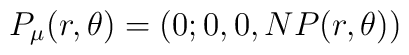
P_{\mu }(r,\theta )=(0;0,0,NP(r,\theta ))